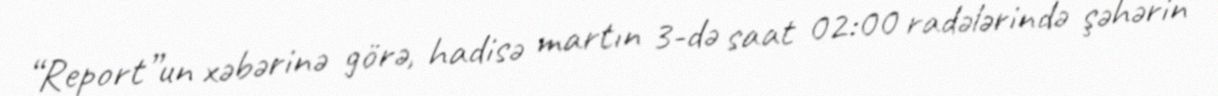
“Report”un xəbərinə görə, hadisə martın 3-də saat 02:00 radələrində şəhərin